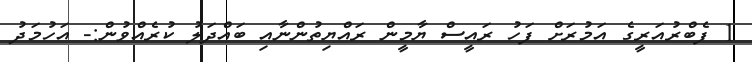
1 ފެބްރުއަރީގެ އަމުރަށް ފަހު ރައީސް ޔާމީން ރައްޔިތުންނާއި ބައްދަލު ކުރެއްވުން:- އަހުމަދު